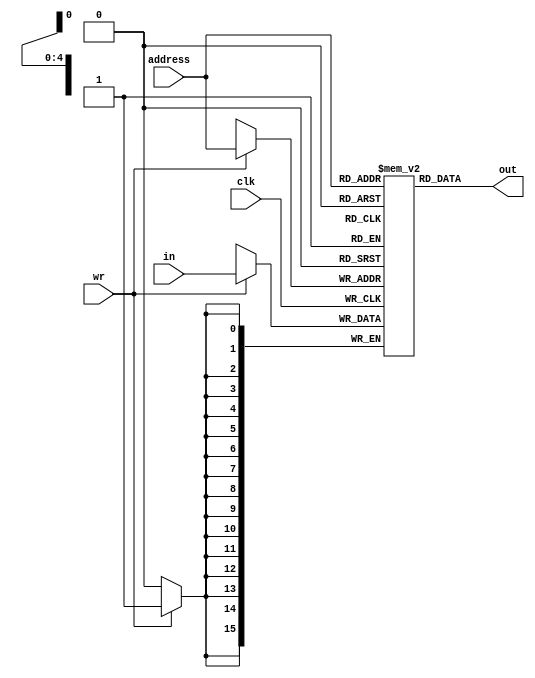
`timescale 1ns / 1ps
//////////////////////////////////////////////////////////////////////////////////
// Company: 
// Engineer: 
// 
// Design Name: 
// Module Name:    DATA_MEM 
// Project Name: 
// Target Devices: 
// Tool versions: 
// Description: 
//
// Dependencies: 
//
// Revision: 
// Revision 0.01 - File Created
// Additional Comments: 
//
//////////////////////////////////////////////////////////////////////////////////
module DATA_MEM(in,address,out,wr,clk);
	input [4:0] address;
	input clk,wr;
	input [15:0] in;
	output [15:0] out;
	reg [15:0] memory[31:0];
	integer i;
	initial begin
			for(i=0;i<32;i=i+1)
			begin
				memory[i]=16'b0;
			end
			memory[0]=3;
			memory[1]=1;
			memory[2]=3;
	end
	
	assign out = memory[address];
	always@(posedge clk)
	begin
		if(wr)
			memory[address]=in;
	end
	
	always@(negedge clk )
	begin
		$display("memory[%h] = %d",0,memory[0]);
		$display("memory[%h] = %d",1,memory[1]);
		$display("memory[%h] = %d\n\n",2,memory[2]);
	end
	
endmodule